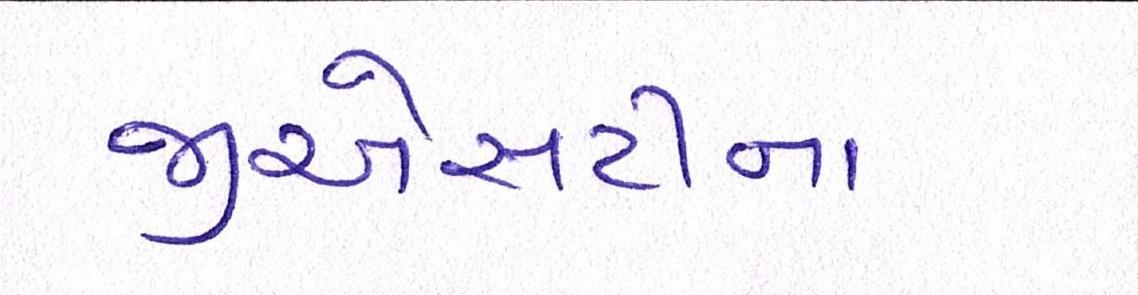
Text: જીએસટીના